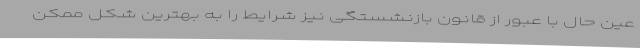
عین حال با عبور از قانون بازنشستگی نیز شرایط را به بهترین شکل ممکن